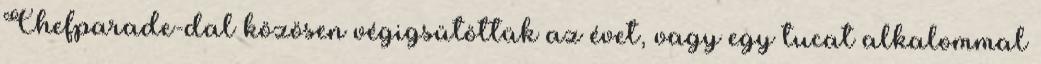
Chefparade-dal közösen végigsütöttük az évet, vagy egy tucat alkalommal